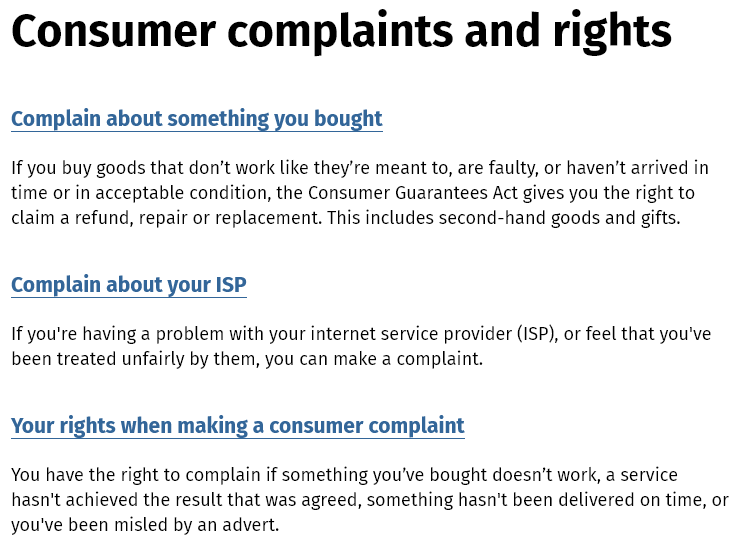
Consumer    complaints    and    rights
  Complain  about  something  you bought
  If you buy goods that don’t work like they're meant to, are faulty, or haven't arrived in
  time or in acceptable condition, the Consumer Guarantees Act gives you the right to
  claim a refund, repair or replacement. This includes second-hand goods and gifts.
  If you're having a problem with your internet service provider (ISP), or feel that you've
  been treated unfairly by them, you can make a complaint.
  Your rights when  making  a consumer  complaint
  You have the right to complain if something you've bought doesn't work, a service
  hasn't achieved the result that was agreed, something hasn't been delivered on time, or
  you've been misled by an advert.
  Complain  about your  ISP